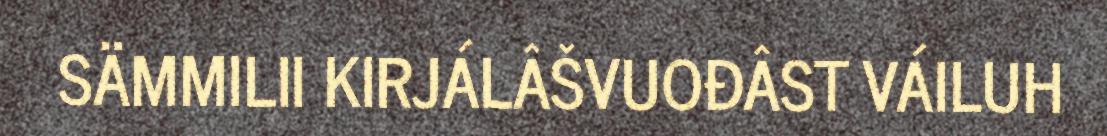
SÄMMILII KIRJÁLÂŠVUOĐÂST VÁILUH